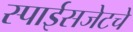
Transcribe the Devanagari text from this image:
स्पाईसजेटचे